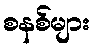
စနစ်များ